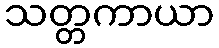
သတ္တကာယာ